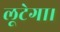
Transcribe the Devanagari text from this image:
लूटेगा।